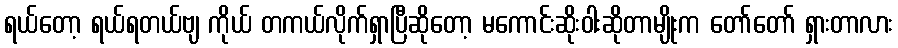
ရယ်တော့ ရယ်ရတယ်ဗျ ကိုယ် တကယ်လိုက်ရှာပြီဆိုတော့ မကောင်းဆိုးဝါးဆိုတာမျိုးက တော်တော် ရှားတာလား